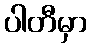
ပါတီမှာ